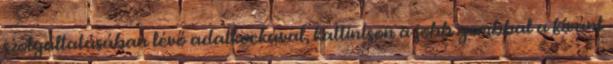
szolgáltatásában lévő adatkockával, kattintson a jobb gombbal a kívánt